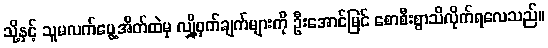
သို့နှင့် သူမလက်ပွေ့အိတ်ထဲမှ လျှို့ဝှက်ချက်များကို ဦးအောင်မြင် စောစီးစွာသိလိုက်ရလေသည်။